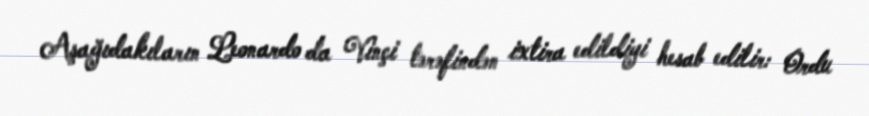
Aşağıdakıların Leonardo da Vinçi tərəfindən ixtira edildiyi hesab edilir: Ordu